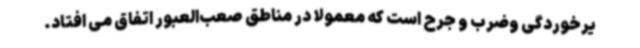
یرخوردگی وضرب و جرح است که معمولا در مناطق صعب‌العبور اتفاق می افتاد.